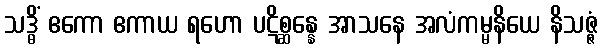
သဒ္ဓိံ ဧကော ဧကာယ ရဟော ပဋိစ္ဆန္နေ အာသနေ အလံကမ္မနိယေ နိသဇ္ဇံ